Account of plague administration in the Bombay Presidency from September 1896 till May 1897
Year: 1896
Disease focus: Plague
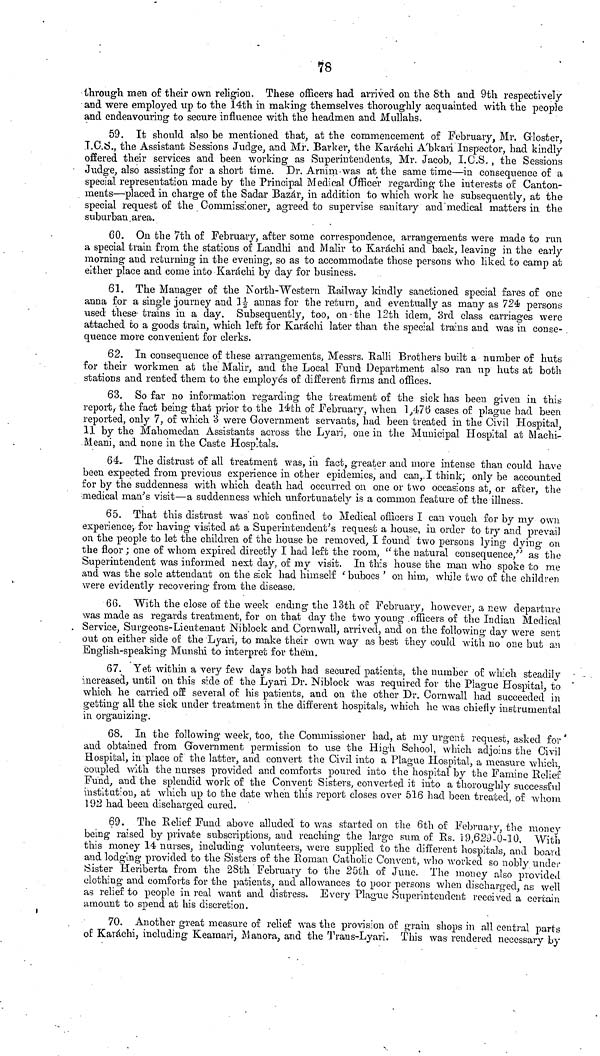
78
through men of their own religion. These officers had arrived on the 8th and 9th respectively
and were employed up to the 14th in making themselves thoroughly acquainted with the people
and endeavouring to secure influence with the headmen and Mullahs.
59. It should also be mentioned that, at the commencement of February, Mr. Gloster,
T.C.S., the Assistant Sessions Judge, and Mr. Barker, the Karachi A'bkari Inspector, had kindly
offered their services and been working as Superintendents, Mr. Jacob, I.C.S., the Sessions
Judge, also assisting for a short time. Dr. Arnim was at the same time—in consequence of a
special representation made by the Principal Medical Officer regarding the interests of Canton-
ments—placed in charge of the Sadar Bazar, in addition to which work he subsequently, at the
special request of the Commissioner, agreed to supervise sanitary and medical matters in the
suburban area.
60. On the 7th of February, after some correspondence, arrangements were made to run
a special train from the stations of Landhi and Malir to Karachi and back, leaving in the early
morning and returning in the evening, so as to accommodate those persons who liked to camp at
either place and come into Karachi by day for business.
61. The Manager of the North-Western Railway kindly sanctioned special fares of one
anna for a single journey and 1 annas for the return, and eventually as many as 724 persons
used these- trains in a day. Subsequently, too, on the 12th idem, 3rd class carriages were
attached fco a goods train, which left for Karachi later than the special trains and was in conse-
quence more convenient for clerks.
62. In consequence of these arrangements, Messrs. Ralli Brothers built a number of huts
for their workmen at the Malir, and the Local Fund Department also ran up huts at both
stations and rented them to the employés of different firms and offices.
63. So far no information regarding the treatment of the sick has been given in this
report, the fact being that prior to the 14th of February, when 1,476 cases of plague had been
reported, only 7, of which 3 were Government servants, had been treated in the Civil Hospital,
11 by the Mahomedan Assistants across the Lyari, one in the Municipal Hospital at Machi-
Meani, and none in the Caste Hospitals.
64. The distrust of all treatment was, in fact, greater and more intense than could have
been expected from previous experience in other epidemics, and can, I think; only be accounted
for by the suddenness with which death had occurred on one or two occasions at, or after, the
medical man's visit—a suddenness which unfortunately is a common feature of the illness.
65. That this distrust was not confined to Medical officers I can vouch for by my own
experience; for having visited at a Superintendent's request a house, in order to try and prevail
on the people to let the children of the house be removed, I found two persons lying dying on
the floor ; one of whom expired directly I had left the room, "the natural consequence," as the
Superintendent was informed next day, of my visit. In this house the man who spoke to me
and was the sole attendant on the sick had himself 'buboes' on him, while two of the children
were evidently recovering from the disease,
66. With the close of the week ending the 13th of February, however, a new departure
was made as regards treatment, for on that clay the two youug officers of the Indian Medical
Service, Surgeons-Lieutenant Niblock and Cornwall, arrived, and on the following day were sent
out on either side of the Lyari, to make their own way as best they could with no one but an
English-speaking Munshi to interpret for them.
67. Yet within a very few days both had secured patients, the number of which steadily
increased, until on this side of the Lyari Dr. Niblock was required for the Plague Hospital, to
which he carried off several of his patients, and on the other Dr. Cornwall had succeeded in
getting all the sick under treatment in the different hospitals, which he was chiefly instrumental
in organizing.
68. In the following week, too, the Commissioner had, at my urgent request, asked for
and obtained from Government permission to use the High School, which adjoins the Civil
Hospital, in place of the latter, and convert the Civil into a Plague Hospital, a measure which
coupled with the nurses provided and comforts poured into the hospital by the Famine Relief
Fund, and the splendid work of the Convent Sisters, converted it into a thoroughly successful
institution, at which up to the date when this report closes over 516 had been treated, of whom
192 had been discharged cured.
69. The Relief Fund above alluded to was started on the 6th of February, the money
being raised by private subscriptions, and reaching the large sum of Rs. 19,629-0-10, With
this money 14 nurses, including volunteers, were supplied to the different hospitals, and board
and lodging provided to the Sisters of the Roman Catholic Convent, who worked so nobly under
Sister Heriberta from the 28th February to the 25th of June. The money also provided
clothing and comforts for the patients, and allowances to poor persons when discharged, as well
as relief to people in real want and distress. Every Plague Superintendent received a certain
amount to spend at his discretion.
70. Another great measure of relief was the provision of grain shops in all central parts
of Karachi, including Keamari, Manora, and the Trans-Lyari. This was rendered necessary by